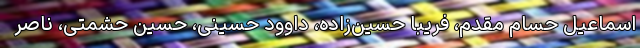
اسماعیل حسام مقدم، فریبا حسین‌زاده، داوود حسینی، حسین حشمتی، ناصر